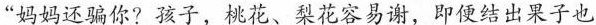
“妈妈还骗你？”孩子，桃花、梨花容易谢，即便结出果子也